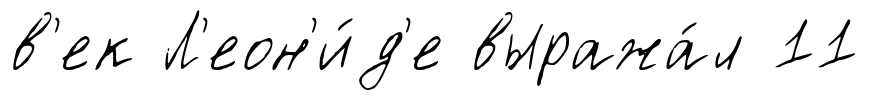
в'ек Л'еон'и́д'е выража́л 11